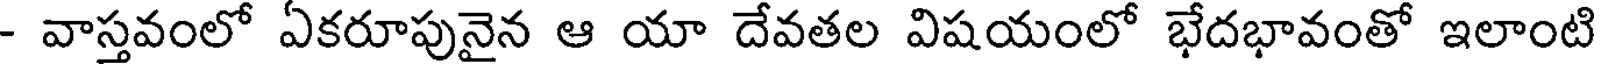
- వాస్తవంలో ఏకరూపునైన ఆ యా దేవతల విషయంలో భేదభావంతో ఇలాంటి